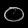
Digit: ၀